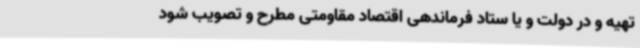
تهیه و در دولت و یا ستاد فرماندهی اقتصاد مقاومتی مطرح و تصویب شود